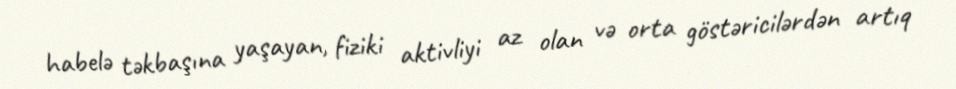
habelə təkbaşına yaşayan, fiziki aktivliyi az olan və orta göstəricilərdən artıq